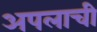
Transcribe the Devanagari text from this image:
अपलाची